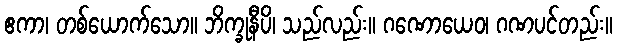
ဧကာ၊ တစ်ယောက်သော။ ဘိက္ခုနီပိ၊ သည်လည်း။ ဂဏောယေဝ၊ ဂဏပင်တည်း။